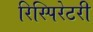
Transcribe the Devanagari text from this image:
रिस्पिरेटरी